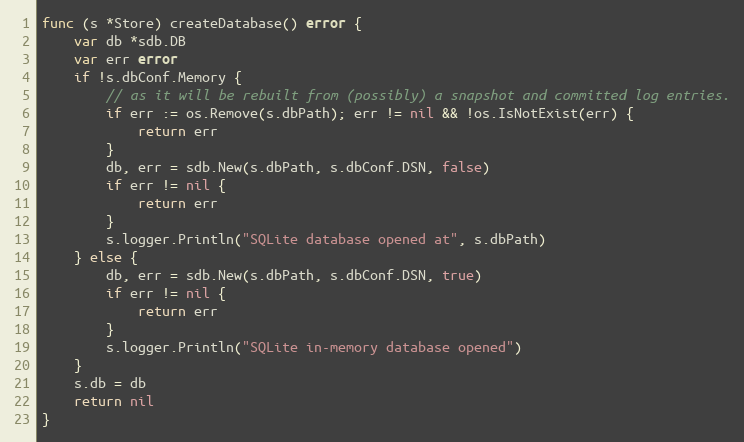
Language: Go
func (s *Store) createDatabase() error {
	var db *sdb.DB
	var err error
	if !s.dbConf.Memory {
		// as it will be rebuilt from (possibly) a snapshot and committed log entries.
		if err := os.Remove(s.dbPath); err != nil && !os.IsNotExist(err) {
			return err
		}
		db, err = sdb.New(s.dbPath, s.dbConf.DSN, false)
		if err != nil {
			return err
		}
		s.logger.Println("SQLite database opened at", s.dbPath)
	} else {
		db, err = sdb.New(s.dbPath, s.dbConf.DSN, true)
		if err != nil {
			return err
		}
		s.logger.Println("SQLite in-memory database opened")
	}
	s.db = db
	return nil
}